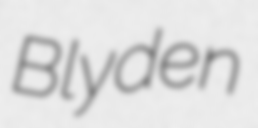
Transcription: Blyden